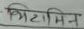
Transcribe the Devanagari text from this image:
विटामिन